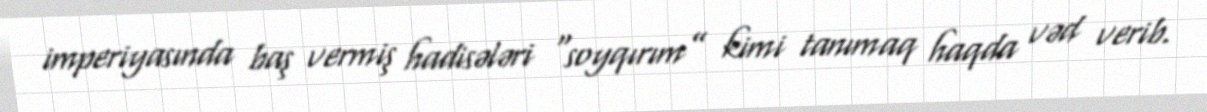
imperiyasında baş vermiş hadisələri “soyqırım” kimi tanımaq haqda vəd verib.